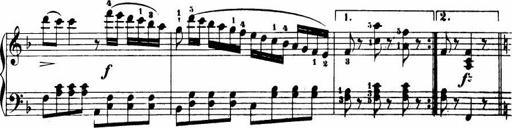
Title: Le bouquetier
Composer: Anton Diabelli
Key: G major
 C major
 F major
 C major